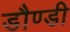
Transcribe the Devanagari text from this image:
डौण्डी